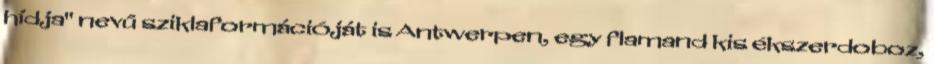
hídja" nevű sziklaformációját is Antwerpen, egy flamand kis ékszerdoboz,